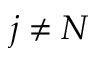
j \neq N